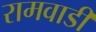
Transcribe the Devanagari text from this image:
रामवाडी